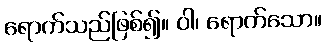
ရောက်သည်ဖြစ်၍။ ဝါ၊ ရောက်သော။